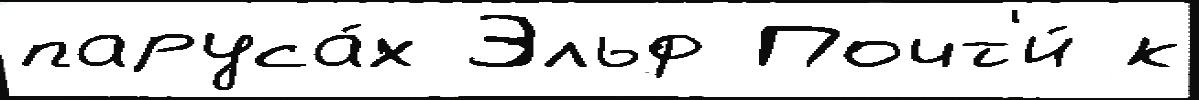
паруса́х Эльф Почт'и́ к